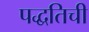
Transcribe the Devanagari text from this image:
पद्धतिची